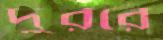
দুররে